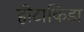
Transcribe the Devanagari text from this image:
हीटाकिडा